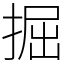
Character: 掘